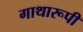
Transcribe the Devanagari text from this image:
गाथारूपी